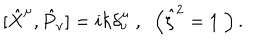
\ [ \hat { X } ^ { \mu } , \hat { P } _ { \nu } ] = i \hbar \delta _ { \nu } ^ { \mu } \; , \; \; \left( \hat { \zeta } ^ { 2 } = 1 \; \right) .